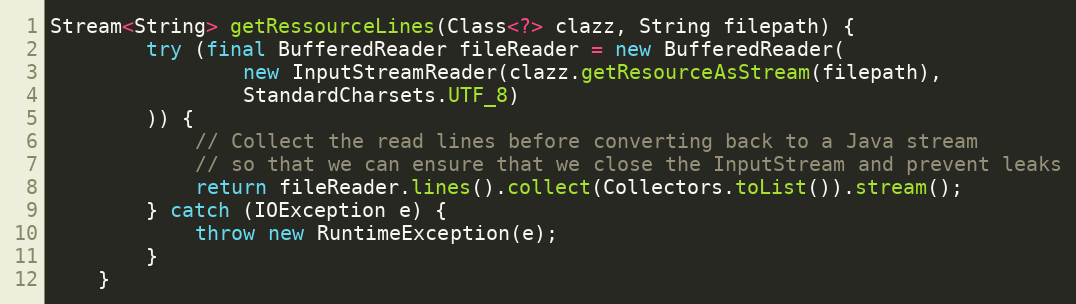
Language: Java
Stream<String> getRessourceLines(Class<?> clazz, String filepath) {
        try (final BufferedReader fileReader = new BufferedReader(
                new InputStreamReader(clazz.getResourceAsStream(filepath),
                StandardCharsets.UTF_8)
        )) {
            // Collect the read lines before converting back to a Java stream
            // so that we can ensure that we close the InputStream and prevent leaks
            return fileReader.lines().collect(Collectors.toList()).stream();
        } catch (IOException e) {
            throw new RuntimeException(e);
        }
    }